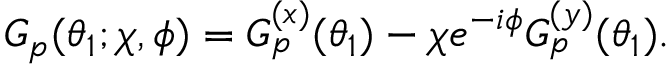
G _ { p } ( \theta _ { 1 } ; \chi , \phi ) = G _ { p } ^ { ( x ) } ( \theta _ { 1 } ) - \chi e ^ { - i \phi } G _ { p } ^ { ( y ) } ( \theta _ { 1 } ) .